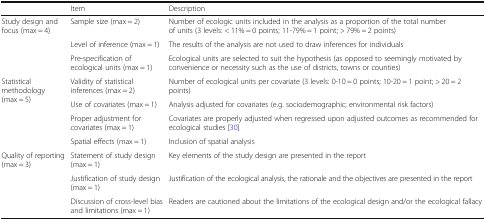
<table><thead><tr><td></td><td><b>Item</b></td><td><b>Description</b></td></tr></thead><tbody><tr><td rowspan="3">Study design and focus (max = 4)</td><td>Sample size (max = 2)</td><td>Number of ecologic units included in the analysis as a proportion of the total number of units (3 levels: &lt; 11% = 0 points; 11-79% = 1 point; &gt; 79% = 2 points)</td></tr><tr><td>Level of inference (max = 1)</td><td>The results of the analysis are not used to draw inferences for individuals</td></tr><tr><td>Pre-specification of ecological units (max = 1)</td><td>Ecological units are selected to suit the hypothesis (as opposed to seemingly motivated by convenience or necessity such as the use of districts, towns or counties)</td></tr><tr><td rowspan="4">Statistical methodology (max = 5)</td><td>Validity of statistical inferences (max = 2)</td><td>Number of ecological units per covariate (3 levels: 0-10 = 0 points; 10-20 = 1 point; &gt; 20 = 2 points)</td></tr><tr><td>Use of covariates (max = 1)</td><td>Analysis adjusted for covariates (e.g. sociodemographic; environmental risk factors)</td></tr><tr><td>Proper adjustment for covariates (max = 1)</td><td>Covariates are properly adjusted when regressed upon adjusted outcomes as recommended for ecological studies [30]</td></tr><tr><td>Spatial effects (max = 1)</td><td>Inclusion of spatial analysis</td></tr><tr><td rowspan="3">Quality of reporting (max = 3)</td><td>Statement of study design (max = 1)</td><td>Key elements of the study design are presented in the report</td></tr><tr><td>Justification of study design (max = 1)</td><td>Justification of the ecological analysis, the rationale and the objectives are presented in the report</td></tr><tr><td>Discussion of cross-level bias and limitations (max = 1)</td><td>Readers are cautioned about the limitations of the ecological design and/or the ecological fallacy</td></tr></tbody></table>